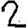
Digit: 2